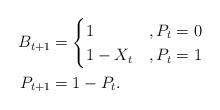
LaTeX: \begin{align*}B_{t+1}&=\begin{cases}1&,P_t=0\\1-X_t&,P_t=1\end{cases}\\*P_{t+1}&=1-P_t.\end{align*}